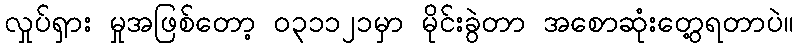
လှုပ်ရှား မှုအဖြစ်တော့ ၀၃၁၁၂၁မှာ မိုင်းခွဲတာ အစောဆုံးတွေ့ရတာပဲ။